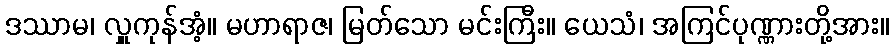
ဒဿာမ၊ လှူကုန်အံ့။ မဟာရာဇ၊ မြတ်သော မင်းကြီး။ ယေသံ၊ အကြင်ပုဏ္ဏားတို့အား။